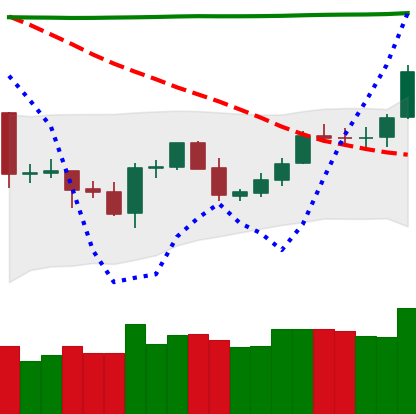
Ticker: LTC-USD
Chart end date: 2020-04-29
Forward return: -3.473%
Label: down_3_5